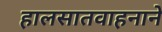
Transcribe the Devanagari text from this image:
हालसातवाहनाने